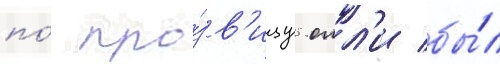
по́ про́зв'ищу олл'и бы́л